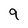
Character: 9